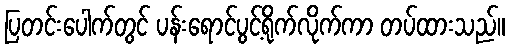
ပြတင်းပေါက်တွင် ပန်းရောင်ပွင့်ရိုက်လိုက်ကာ တပ်ထားသည်။